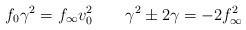
\begin{align*}f_0 \gamma ^2 = f_{\infty} v_0 ^2 \; \; \; \; \; \; \;\gamma ^2 \pm 2 \gamma = - 2 f_{\infty} ^2\end{align*}